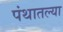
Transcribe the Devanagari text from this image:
पंथातल्या